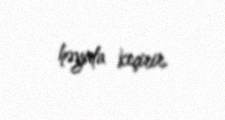
həyata keçirir.